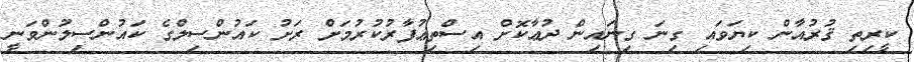
ކީރިތި ޤުރުއާން ކިޔަވައި ގިނަ ގިނައިން ދުޢާކޮށް އިސްތިޢުފާރުކުރުމަށް ރަށު ކައުންސިލްގެ ކައުންސިލުންވަނީ